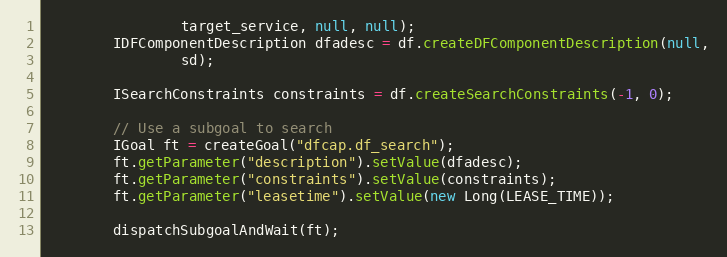
Language: Java
                target_service, null, null);
        IDFComponentDescription dfadesc = df.createDFComponentDescription(null,
                sd);

        ISearchConstraints constraints = df.createSearchConstraints(-1, 0);

        // Use a subgoal to search
        IGoal ft = createGoal("dfcap.df_search");
        ft.getParameter("description").setValue(dfadesc);
        ft.getParameter("constraints").setValue(constraints);
        ft.getParameter("leasetime").setValue(new Long(LEASE_TIME));

        dispatchSubgoalAndWait(ft);